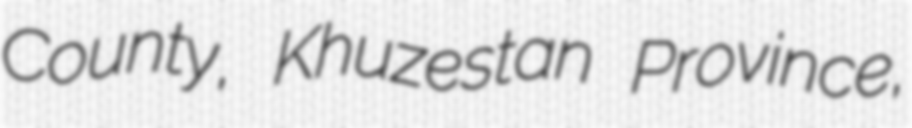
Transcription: County, Khuzestan Province,